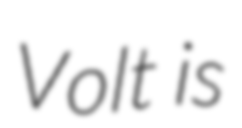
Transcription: Volt is